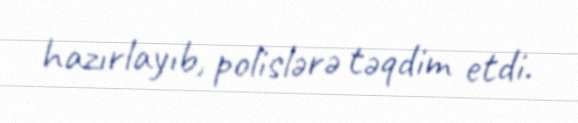
hazırlayıb, polislərə təqdim etdi.